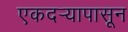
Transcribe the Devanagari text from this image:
एकदर्‍यापासून